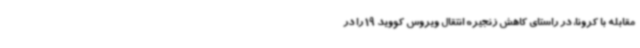
مقابله با کرونا، در راستای کاهش زنجیره انتقال ویروس کووید 19 را در